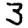
Digit: 3